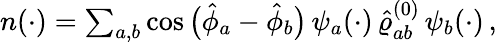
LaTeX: \begin{array}{r}{n(\cdot)=\sum_{a,b}\cos\big(\hat{\phi}_{a}-\hat{\phi}_{b}\big)\, \psi_{a}(\cdot)\, \hat{\varrho}_{ab}^{(0)}\, \psi_{b}(\cdot)\, ,}\end{array}